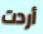
أردت